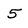
Character: 5